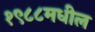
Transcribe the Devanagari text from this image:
१९८८मधील